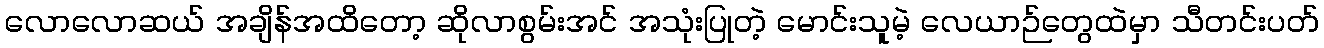
လောလောဆယ် အချိန်အထိတော့ ဆိုလာစွမ်းအင် အသုံးပြုတဲ့ မောင်းသူမဲ့ လေယာဉ်တွေထဲမှာ သီတင်းပတ်